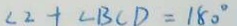
\angle 2 + \angle B C D = 1 8 0 ^ { \circ }